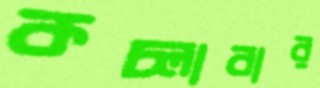
কচ্‌লাবার